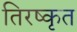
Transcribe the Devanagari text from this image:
तिरष्कृत